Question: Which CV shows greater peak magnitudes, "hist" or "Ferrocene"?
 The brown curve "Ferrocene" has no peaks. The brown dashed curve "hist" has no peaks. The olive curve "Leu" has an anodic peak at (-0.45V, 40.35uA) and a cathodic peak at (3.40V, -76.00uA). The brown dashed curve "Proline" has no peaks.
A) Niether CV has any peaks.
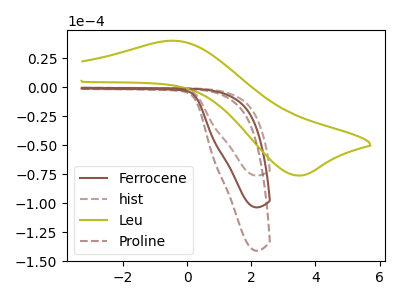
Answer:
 <answer>A) Niether CV has any peaks.</answer>
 <eval>A</eval>